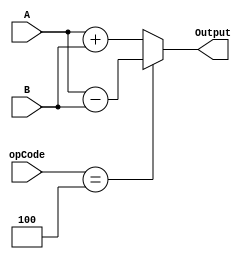
`timescale 1ns / 1ps
module ALU (opCode, A, B, Output);

	input [2:0] opCode;
	input [7:0] A,B;
	
	output reg [7:0] Output;
	
	always @(opCode, A, B) begin
		case (opCode)
			3'b010: Output = A + B;
			3'b100: Output = A - B;
			3'b000: Output = A + B;
			3'b001: Output = A + B;
			default: Output = A + B;
		endcase
	end
endmodule